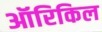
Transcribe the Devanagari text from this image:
ऑरिकिल